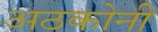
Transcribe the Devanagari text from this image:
अठकोनी